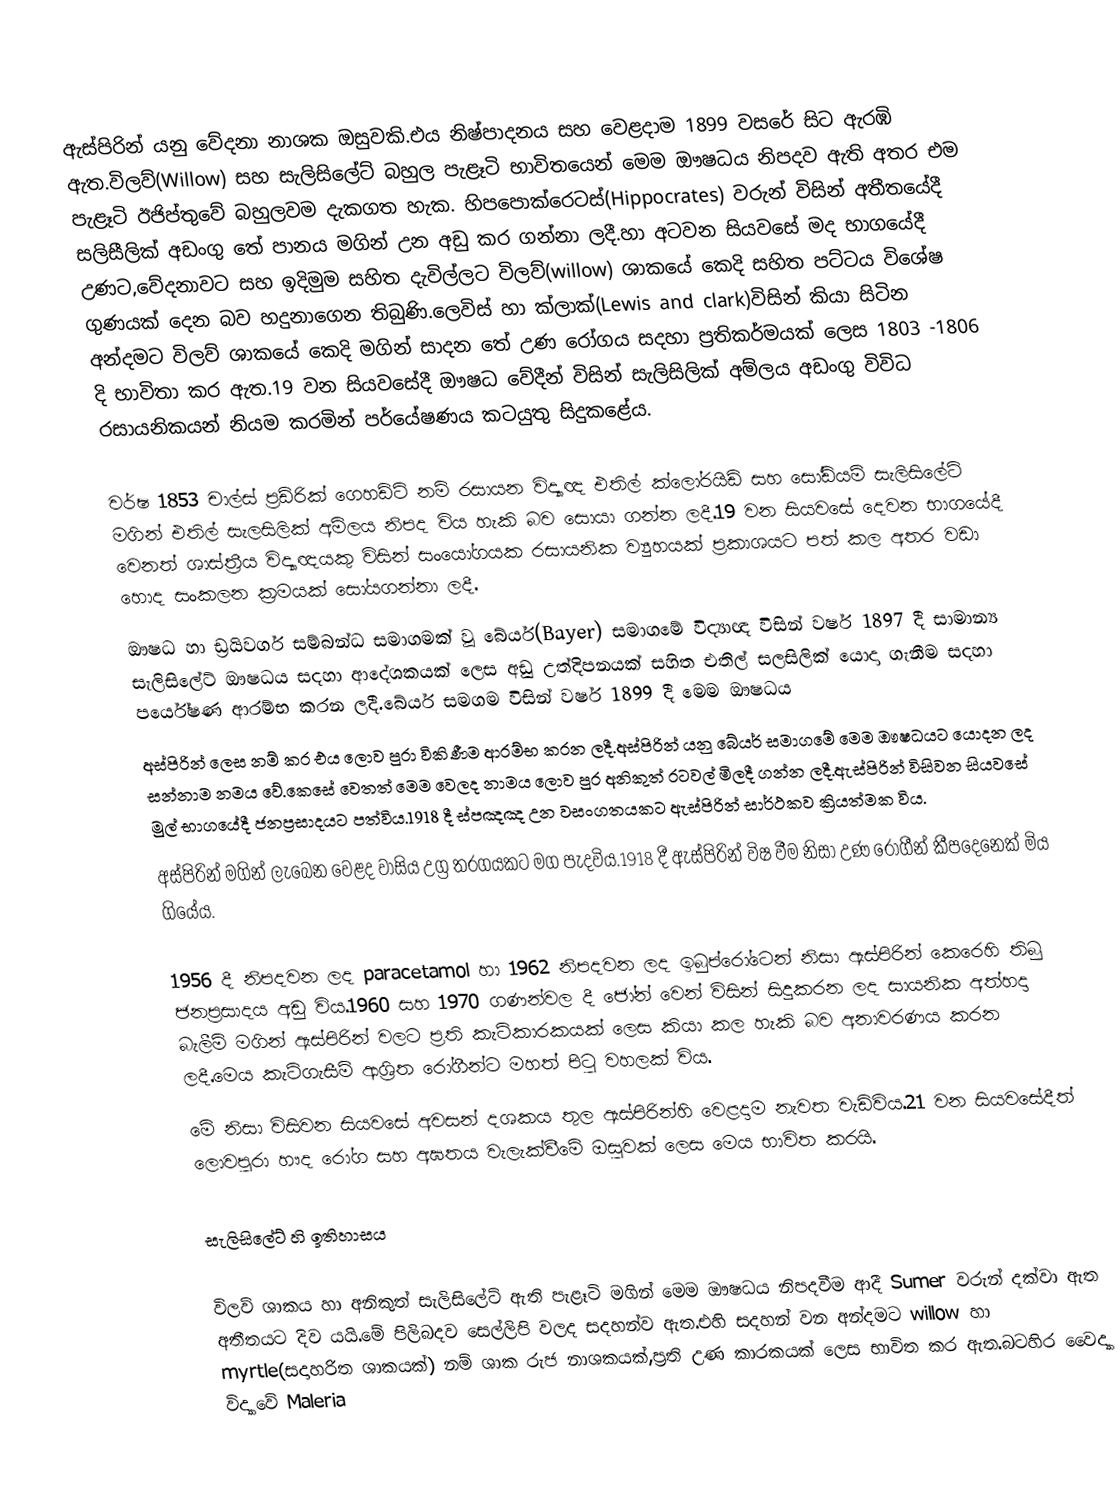
ඇස්පිරින් යනු වේදනා නාශක ඔසුවකි.එය නිෂ්පාදනය සහ වෙළදාම 1899 වසරේ සිට ඇරඹි ඇත.විලව්(Willow) සහ සැලිසිලේට් බහුල පැළෑටි භාවිතයෙන් මෙම ඖෂධය නිපදව ඇති අතර එම පැළෑටි ඊජිප්තුවේ බහුලවම දැකගත හැක. හිපපොක්රෙටස්(Hippocrates) වරුන් විසින් අතීතයේදී සලිසීලික් අඩංගු තේ පානය මගින් උන අඩු කර ගන්නා ලදී.හා අටවන සියවසේ මද භාගයේදී උණට,වේදනාවට සහ ඉදිමුම සහිත දැවිල්ලට විලව්(willow) ශාකයේ කෙදි සහිත පට්ටය විශේෂ ගුණයක් දෙන බව හදුනාගෙන තිබුණි.ලෙවිස් හා ක්ලාක්(Lewis  and clark)විසින් කියා සිටින අන්දමට විලව් ශාකයේ කෙදි මගින් සාදන තේ උණ රෝගය සදහා ප්‍රතිකර්මයක් ලෙස 1803 -1806  දි භාවිතා කර ඇත.19 වන සියවසේදී ඖෂධ වේදීන් විසින් සැලිසිලික් අම්ලය අඩංගු විවිධ රසායනිකයන් නියම කරමින් පර්යේෂණය කටයුතු සිදුකළේය.

වර්ෂ 1853 චාල්ස් ප්‍රඩ්රික් ගෙහඩ්ට් නම්  රසායන විද්‍යාඥ එතිල් ක්ලෝරයිඩ් සහ සෝඩියම් සැලිසිලේට් මගින් එතිල් සැලසිලික් අම්ලය නිපද විය හැකි බව සොයා ගන්න ලදී.19 වන සියවසේ දෙවන භාගයේදී වෙනත් ශාස්ත්‍රීය විද්‍යාඥයකු විසින් සංයෝගයක රසායනික ව්‍යුහයක් ප්‍රකාශයට පත් කල අතර වඩා හොද සංකලන ක්‍රමයක් සෝයගන්නා ලදී.
ඖෂධ හා ඩ්‍රයිවර්ග සම්බන්ධ සමාගමක් වූ බේයර්(Bayer) සමාගමේ විද්‍යාඥ  විසින් වර්ෂ 1897 දී සාමාන්‍ය සැලිසිලේට් ඖෂධය සදහා ආදේශකයක් ලෙස අඩු උත්දිපනයක් සහිත එතිල් සලසිලික් යොදා ගැනීම සදහා පර්යේෂණ ආරම්භ කරන ලදී.බේයර් සමගම විසින් වර්ෂ 1899 දී මෙම ඖෂධය
අස්පිරින් ලෙස නම් කර එය ලොව පුරා විකිණීම ආරම්භ කරන ලදී.අස්පිරින් යනු බේයර් සමාගමේ මෙම ඖෂධයට යොදන ලද සන්නාම නමය වේ.කෙසේ වෙතත් මෙම වෙලද නාමය ලොව පුර අනිකුත් රටවල්  මිලදී ගන්න ලදී.ඇස්පිරින් විසිවන සියවසේ මුල් භාගයේදී ජනප්‍රසාදයට පත්විය.1918 දී ස්පඤඤ උන වසංගතයකට ඇස්පිරින් සාර්ථකව ක්‍රියත්මක විය.
අස්පිරින් මගින් ලැබෙන වෙළද වාසිය උග්‍ර තරගයකට මග පැදවිය.1918 දී ඇස්පිරින් විෂ වීම නිසා උණ රෝගීන් කීපදෙනෙක් මිය ගියේය.

1956 දී නිපදවන ලද paracetamol හා 1962 නිපදවන ලද ඉබුප්රෝටෙන් නිසා ඇස්පිරින් කෙරෙහි තිබු ජනප්‍රසාදය අඩු විය.1960 සහ 1970 ගණන්වල දී ජෝන් වෙන් විසින් සිදුකරන ලද සායනික  අත්හදා බැලීම් මගින් ඇස්පිරින් වලට ප්‍රති කැටිකාරකයක් ලෙස කියා කල හැකි බව අනාවරණය කරන ලදී.මෙය කැටිගැසීම් ආශ්‍රිත රෝගීන්ට මහත් පිටු වහලක් විය.
මේ නිසා විසිවන සියවසේ අවසන් දශකය තුල ඇස්පිරින්හි වෙළදාම නැවත වැඩිවිය.21 වන සියවසේදීත් ලොවපුරා හෟද රෝග සහ අඝතය වැලැක්වීමේ ඔසුවක් ලෙස මෙය භාවිත කරයි.

සැලිසිලේට් හි ඉතිහාසය

විලව් ශාකය හා අනිකුත් සැලිසිලේට් ඇති පැළෑටි මගින් මෙම ඖෂධය නිපදවීම ආදී Sumer වරුන් දක්වා ඇත අතීතයට දිව යයි.මේ පිලිබදව සෙල්ලිපි වලද සදහන්ව ඇත.එහි සදහන් වන අන්දමට willow හා myrtle(සදාහරිත ශාකයක්) නම් ශාක රුජ නාශකයක්,ප්‍රති උණ කාරකයක් ලෙස භාවිත කර ඇත.බටහිර වෛද්‍යා විද්‍යාවේ Maleria